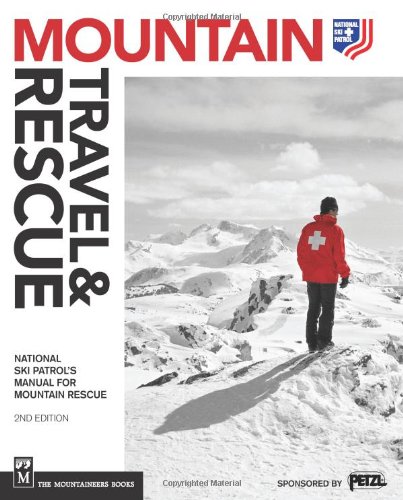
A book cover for Mountain Travel & Rescue: National Ski Patrol's Manual for Mountain Rescue, 2nd Ed; National Ski Patrol; Sports & Outdoors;